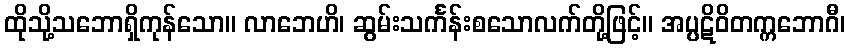
ထိုသို့သဘောရှိကုန်သော။ လာဘေဟိ၊ ဆွမ်းသင်္ကန်းစသောလက်တို့ဖြင့်။ အပ္ပဋိဝိတက္ကဘောဂီ၊